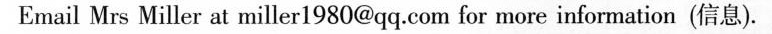
Email Mrs Miller at miller 1980@qq.Com for more information(信息).